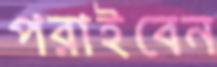
পরাইবেন